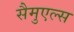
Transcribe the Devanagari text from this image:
सैमुएल्स